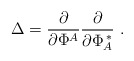
\begin{align*}\Delta =\frac{\partial }{\partial \Phi ^A}\frac{\partial }{\partial \Phi _A^{\phantom{A}\!\!\!*}}\ .\end{align*}